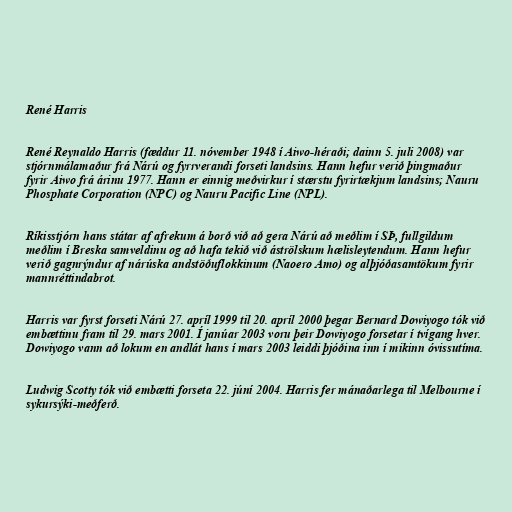
René Harris

René Reynaldo Harris (fæddur 11. nóvember 1948 í Aiwo-héraði; dainn 5. juli 2008) var
stjórnmálamaður frá Nárú og fyrrverandi forseti landsins. Hann hefur verið þingmaður
fyrir Aiwo frá árinu 1977. Hann er einnig meðvirkur í stærstu fyrirtækjum landsins; Nauru
Phosphate Corporation (NPC) og Nauru Pacific Line (NPL).

Ríkisstjórn hans státar af afrekum á borð við að gera Nárú að meðlim í SÞ, fullgildum
meðlim í Breska samveldinu og að hafa tekið við áströlskum hælisleytendum. Hann hefur
verið gagnrýndur af nárúska andstöðuflokkinum (Naoero Amo) og alþjóðasamtökum fyrir
mannréttindabrot.

Harris var fyrst forseti Nárú 27. apríl 1999 til 20. apríl 2000 þegar Bernard Dowiyogo tók við
embættinu fram til 29. mars 2001. Í janúar 2003 voru þeir Dowiyogo forsetar í tvígang hver.
Dowiyogo vann að lokum en andlát hans í mars 2003 leiddi þjóðina inn í mikinn óvissutíma.

Ludwig Scotty tók við embætti forseta 22. júní 2004. Harris fer mánaðarlega til Melbourne í
sykursýki-meðferð.